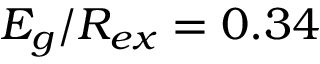
E _ { g } / R _ { e x } = 0 . 3 4